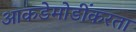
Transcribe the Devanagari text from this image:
आकडेमोडींकरता